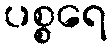
ပစ္စရေ